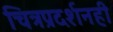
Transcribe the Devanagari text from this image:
चित्रप्रदर्शनही